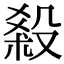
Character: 𣪩